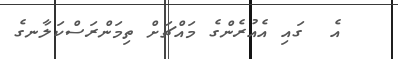
އެ  ގައި އެއުރެންގެ މައްޗަށް ތިމަންރަސްކަލާނގެ